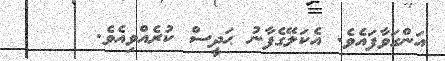
އަންގަވާފައެވެ. އެކަލޭގެފާނު ޙަދީސް ކުރެއްވިއެވެ.